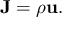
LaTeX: { \mathbf { J } } = { \rho \mathbf { u } } .